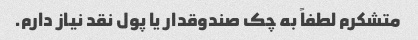
متشکرم لطفاً به چک صندوقدار یا پول نقد نیاز دارم.